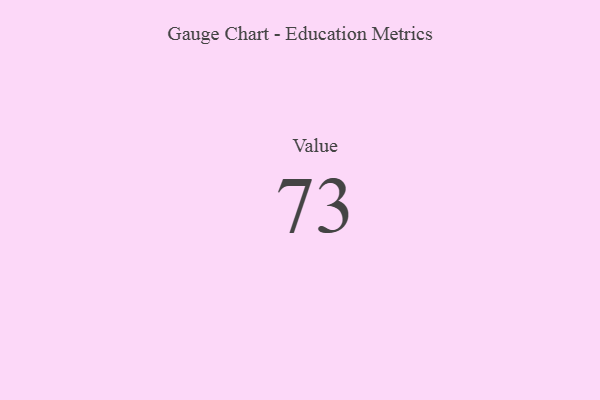
{"axis": {"x": "Metric", "y": "Value"}, "legend": [""], "data": [{"x": "Value", "y": 73, "type": ""}]}